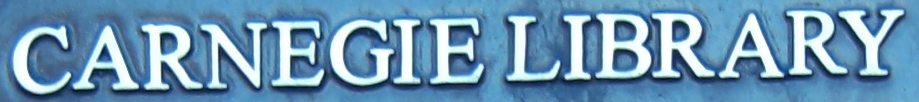
CARNEGIE LIBRARY